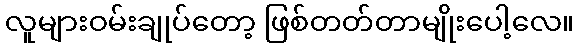
လူများဝမ်းချုပ်တော့ ဖြစ်တတ်တာမျိုးပေါ့လေ။